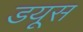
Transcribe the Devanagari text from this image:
डयूस